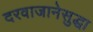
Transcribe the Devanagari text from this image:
दरवाजानेसुद्धा